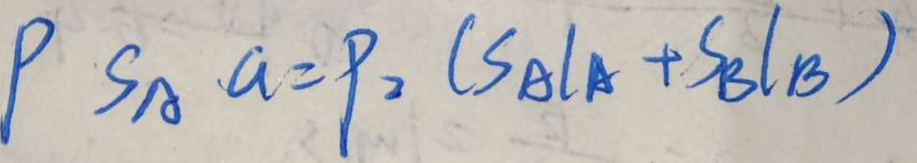
P S _ { A } a = 9 _ { 2 } ( S _ { A } l A + S _ { B } l _ { B } )